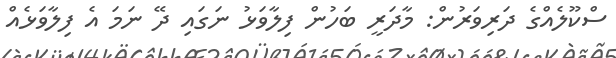
ސްކޫލެއްގެ ދަރިވަރުން: މާދަރީ ބަހުން ފިލާވަޅު ނަގައި ދޭ ނަމަ އެ ފިލާވަޅެއް